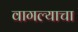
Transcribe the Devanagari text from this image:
वागल्याचा